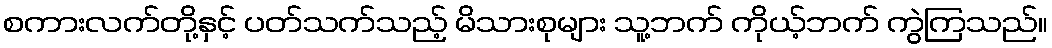
စကားလက်တို့နှင့် ပတ်သက်သည့် မိသားစုများ သူ့ဘက် ကိုယ့်ဘက် ကွဲကြသည်။